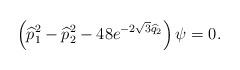
LaTeX: \begin{align*}\left(\widehat{p}_1^2-\widehat{p}_2^2 -48 e^{-2 \sqrt{3}\widehat{q}_2}\right) \psi=0.\end{align*}